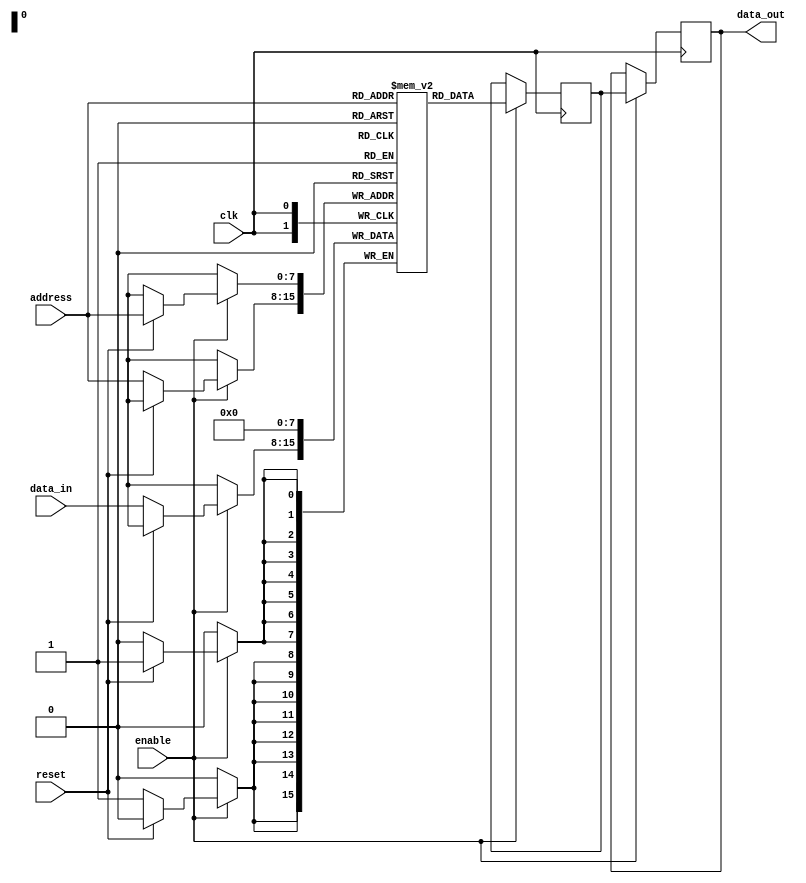
module EEPROM (
    input wire clk,                 // clock input
    input wire reset,               // reset input
    input wire enable,              // enable input
    input wire [7:0] address,       // address input
    input wire [7:0] data_in,       // data input
    output reg [7:0] data_out       // data output
);

// Memory cell array
reg [7:0] memory [0:255];

// Multiplexers for selecting memory cell based on address
reg [7:0] selected_data;
always @ (posedge clk) begin
    if (enable) begin
        selected_data <= memory[address];
    end
end

// Control logic for programming and erasing operations
always @ (posedge clk) begin
    if (enable) begin
        if (reset) begin
            memory[address] <= 8'h00; // erase memory cell
        end else begin
            memory[address] <= data_in; // program memory cell
        end
    end
end

// Input/output buffers for interfacing with external circuits
always @ (posedge clk) begin
    if (enable) begin
        data_out <= selected_data;
    end
end

endmodule